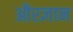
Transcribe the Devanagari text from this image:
औरज्ञान